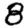
Digit: 8